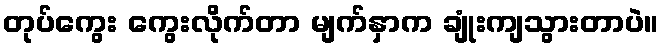
တုပ်ကွေး ကွေးလိုက်တာ မျက်နှာက ချုံးကျသွားတာပဲ။